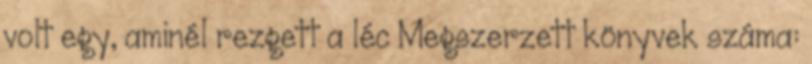
volt egy, aminél rezgett a léc Megszerzett könyvek száma: